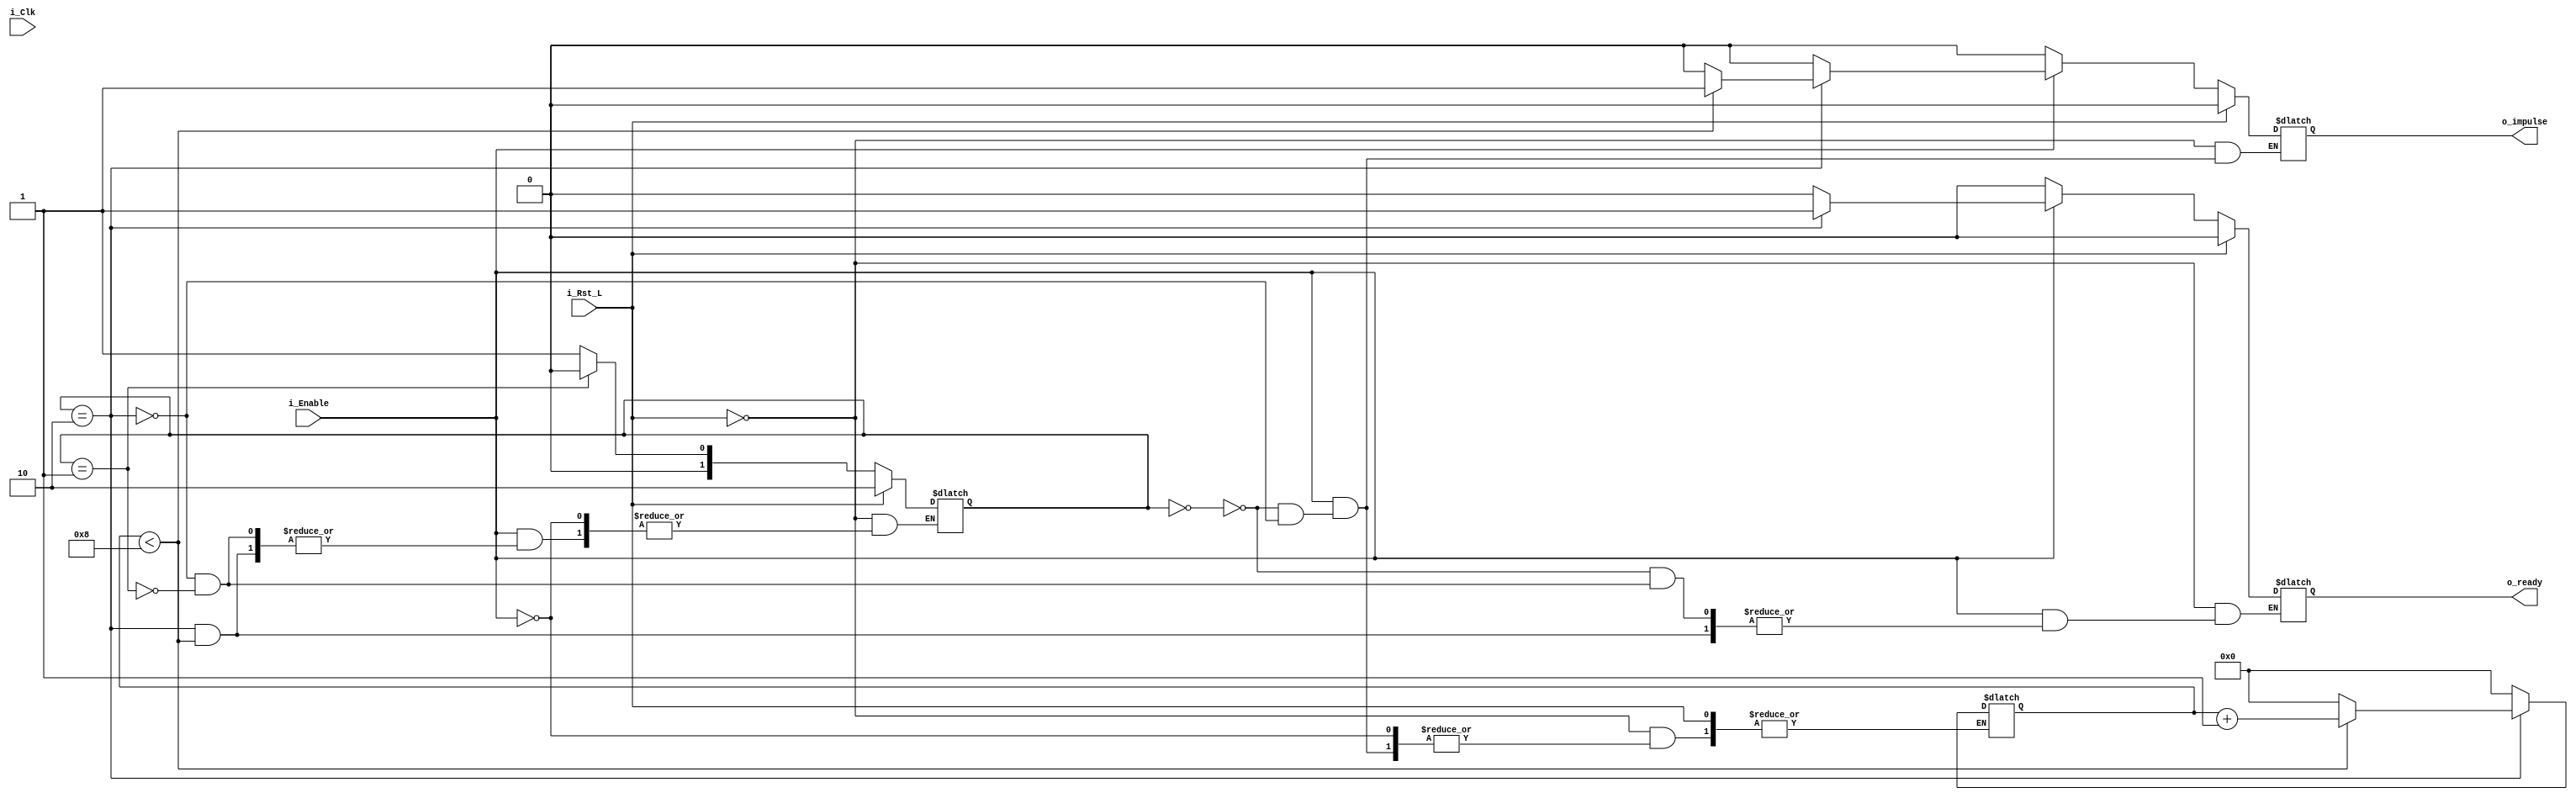
module Single_Impulse
#(
parameter DURATION_NS = 80
)
(
	input i_Clk,
	input i_Rst_L,
	input i_Enable,

	output o_impulse,
	output o_ready
    );
	 
reg [10:0] counter = 0; // 4096 * 10 = 40960 ns = 41 us max

localparam IDLE       = 2'b00;
localparam READY      = 2'b01;
localparam COUNTING   = 2'b10;

assign o_impulse = _impulse;
assign o_ready = _rdy;

reg _impulse = 0;
reg _rdy = 0;

reg [1:0] r_SM_CS = IDLE;
	 
	// 50 MHz = 20ns
	always @(i_Clk or i_Rst_L) begin
		if (i_Rst_L) begin
			_impulse <= 0;
			_rdy <= 0;
			r_SM_CS <= COUNTING;
		end else if (i_Enable) begin
			case (r_SM_CS)   
				IDLE:
					begin
						counter <= 0;
						_impulse <= 0;
						_rdy <= 0;
					end		
				COUNTING:
					begin
						if (counter < DURATION_NS / 10) begin
							counter <= counter + 1;
							_impulse <= 1;
						end else begin
							counter <= 0;
							_rdy <= 1;
							_impulse <= 0;
							r_SM_CS <= READY;
						end
					end
				READY:
					begin
						_rdy <= 0;
						r_SM_CS <= IDLE;
					end
			endcase
		end else begin 
			_impulse <= 0;
			_rdy <= 0;
		end
	end

endmodule